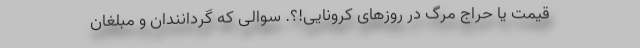
قیمت یا حراج مرگ در روزهای کرونایی!؟. سوالی که گردانندان و مبلغان